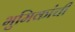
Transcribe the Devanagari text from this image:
भुमिकांची